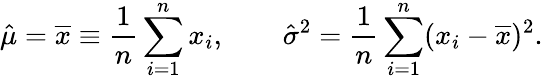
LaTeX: {\hat{\mu}}={\overline{{x}}}\equiv{\frac{1}{n}}\sum_{i=1}^{n}x_{i},\qquad{\hat{\sigma}}^{2}={\frac{1}{n}}\sum_{i=1}^{n}(x_{i}-{\overline{{x}}})^{2}.